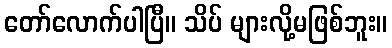
တော်လောက်ပါပြီ။ သိပ် များလို့မဖြစ်ဘူး။